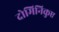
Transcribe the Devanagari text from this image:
दोमिनिकुए